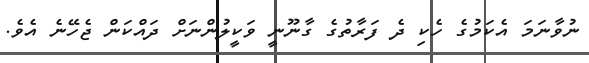
ނުވާނަމަ އެކަމުގެ ހެކި ދެ ފަރާތުގެ ގާނޫނީ ވަކީލުންނަށް ދައްކަން ޖެހޭނެ އެވެ.